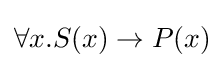
\forall x.S(x)\to P(x)